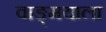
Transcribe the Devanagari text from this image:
वाङ्‌मयाला